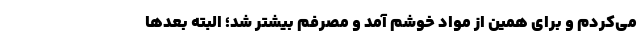
می‌کردم و برای همین از مواد خوشم آمد و مصرفم بیشتر شد؛ البته بعدها